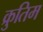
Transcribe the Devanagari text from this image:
क्रुतिम